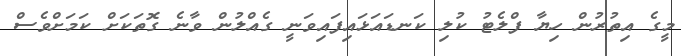
މީގެ އިތުރުން ހިޔާ ފްލެޓު ކުލި ކަނޑައަޅައިފައިވަނީ ގެއްލުން ވާނެ ގޮތަކަށް ކަމަށްވެސް